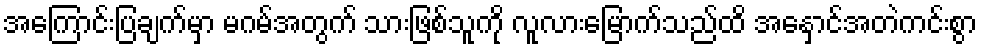
အကြောင်းပြချက်မှာ မဂမ်အတွက် သားဖြစ်သူကို လူလားမြောက်သည်ထိ အနှောင်အတဲကင်းစွာ